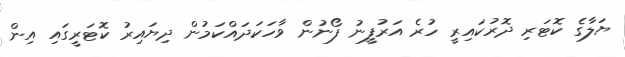
ޔަލާގެ ކޮޓަރި ދޮރުކައިރީ ހުރެ އަރުފީނު ފޯނުން ވާހަކަދައްކަމުން ދިޔައިރު ކޮޓަރީގައި އިން